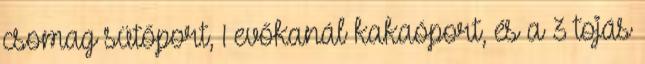
csomag sütőport, 1 evőkanál kakaóport, és a 3 tojás